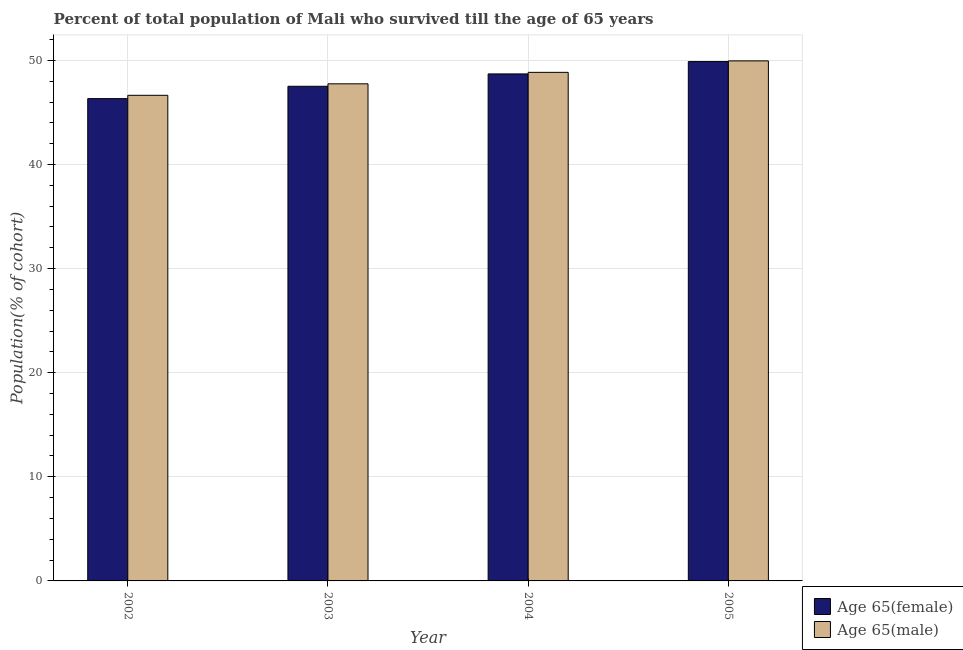
| Year | Age 65(female) | Age 65(male) |
 | --- | --- | --- |
 | 2002 | 46.3 | 46.6 |
 | 2003 | 47.5 | 47.7 |
 | 2004 | 48.7 | 48.8 |
 | 2005 | 49.9 | 50 |